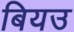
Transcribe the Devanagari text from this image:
बियउ